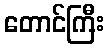
တောင်ကြီး